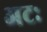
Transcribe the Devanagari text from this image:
अटः